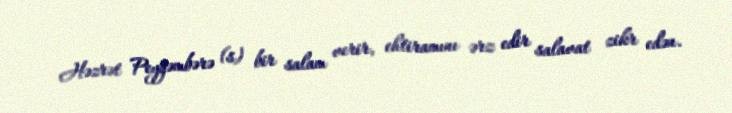
Həzrət Peyğəmbərə (s) bir salam verir, ehtiramını ərz edir salavat zikr edən.